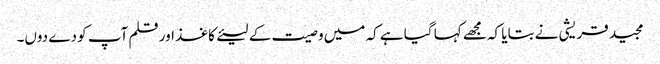
مجید قریشی نے بتایا کہ مجھے کہا گیا ہے کہ میں وصیت کے لیئےکاغذ اور قلم آپ کو دے دوں۔